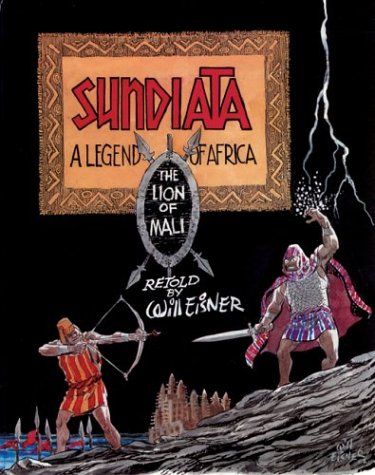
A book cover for Sundiata; Will Eisner; Children's Books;